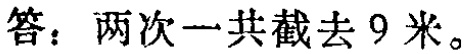
答：两次一共截去 9 米。